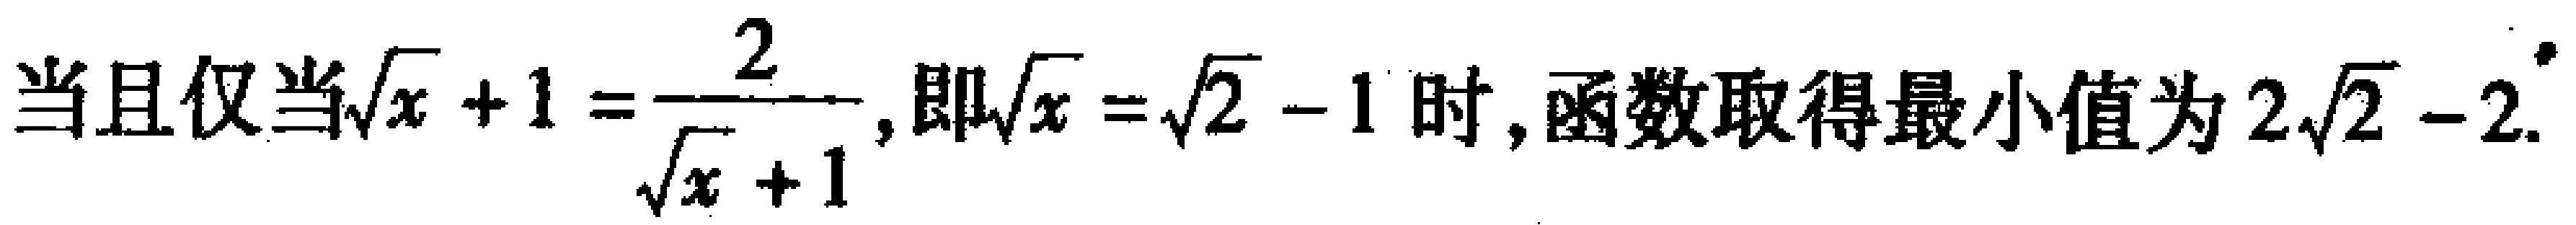
当且仅当\(\sqrt{x} + 1 = \frac{2}{\sqrt{x} + 1}\), 即\(\sqrt{x} = \sqrt{2} - 1\)时, 函数取得最小值为\(2\sqrt{2} - 2\).